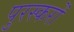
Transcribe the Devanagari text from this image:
पुरस्करों